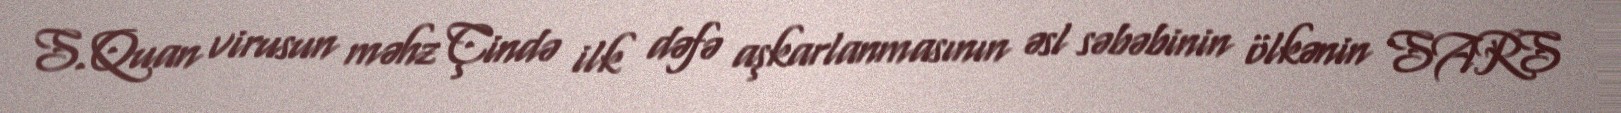
S.Quan virusun məhz Çində ilk dəfə aşkarlanmasının əsl səbəbinin ölkənin SARS